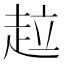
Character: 趇